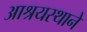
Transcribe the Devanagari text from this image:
आश्रयस्थाने